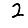
Digit: 2